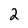
Character: 2